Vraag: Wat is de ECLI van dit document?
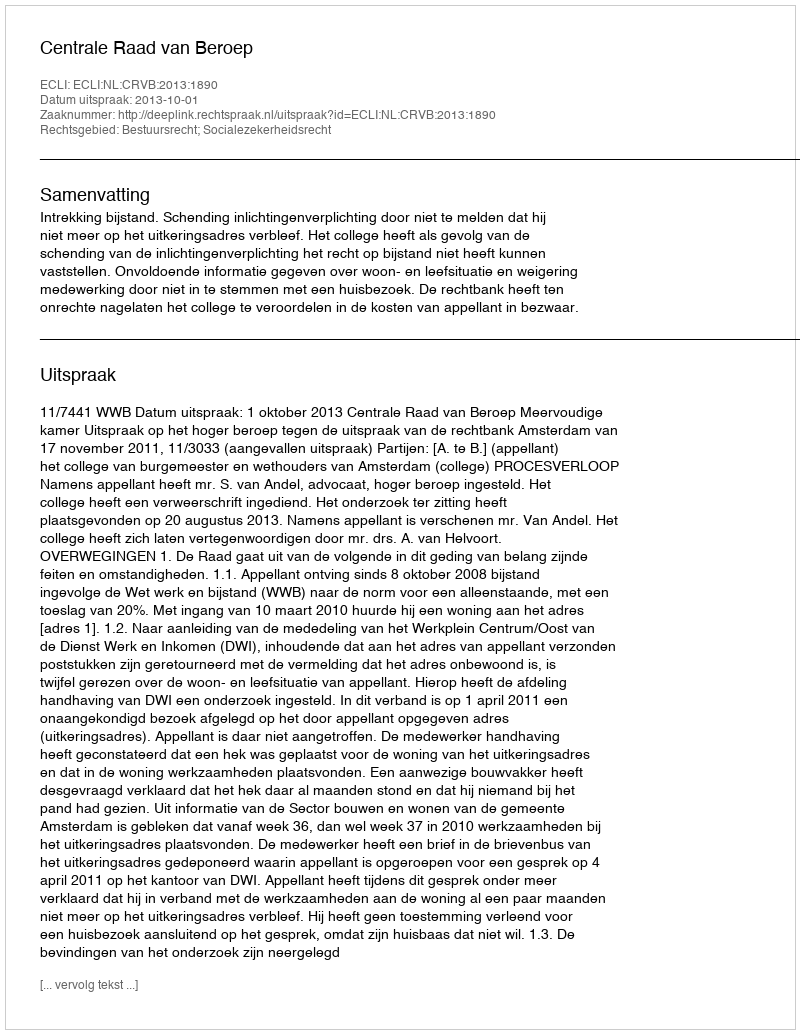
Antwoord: ECLI:NL:CRVB:2013:1890